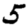
Digit: 5